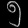
Digit: ၅